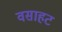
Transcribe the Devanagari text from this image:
वसाहट